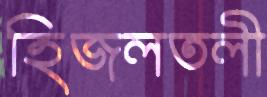
হিজলতলী